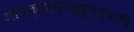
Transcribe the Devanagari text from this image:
जाग्रत्स्वप्नसुषुप्त्यादि